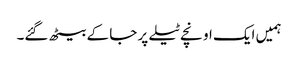
ہمیں ایک اونچے ٹیلے پر جا کے بیٹھ گئے۔